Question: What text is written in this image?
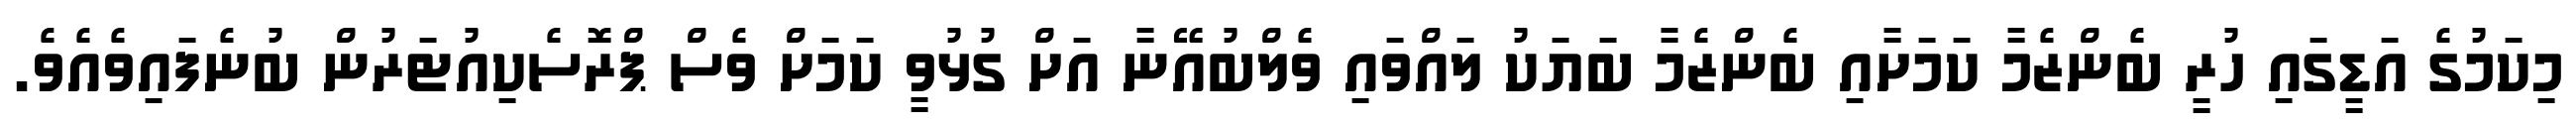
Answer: މިކަމުގެ އަޑީގައި ހުރީ ބެންޒެމާ ކަމަށާއި ބެންޒެމާ ބަޔަކު ލައްވައި ވެލްބުއޭނާ އަށް ގުޅުވީ ކަމަށް ވެސް ޕްރޮސެކިއުޓަރުން ބުނެފައިވެއެވެ.